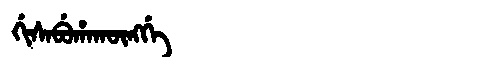
Manchu: ᡤᡳᠰᠠᠪᡠᡥᠠᡴᡡᠩᡤᡝ
Romanization: GISABUHAKŪNGGE